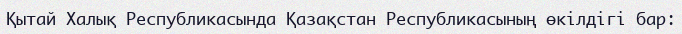
Қытай Халық Республикасында Қазақстан Республикасының өкілдігі бар: